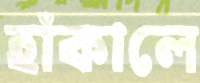
হাঁকালে